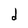
Character: d